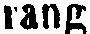
rang.